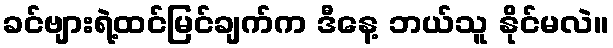
ခင်ဗျားရဲ့ထင်မြင်ချက်က ဒီနေ့ ဘယ်သူ နိုင်မလဲ။